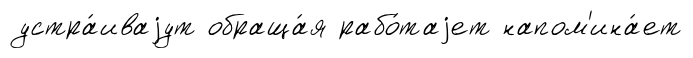
устра́иваjут обраща́я рабо́таjет напом'ина́ет